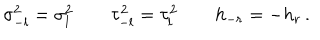
LaTeX: \sigma _ { - l } ^ { 2 } = \sigma _ { l } ^ { 2 } \qquad \tau _ { - l } ^ { 2 } = \tau _ { l } ^ { 2 } \qquad h _ { - r } = - h _ { r } \, .